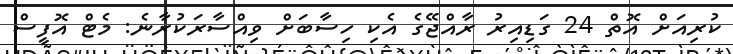
ކުރިއަށް އޮތް 24 ގަޑިއިރު ރާއްޖޭގެ އެކި ހިސާބަށް ވިއްސާރަކުރާނެ: މެޓް އޮފީސް